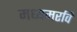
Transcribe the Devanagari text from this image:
मध्यमरवि